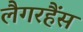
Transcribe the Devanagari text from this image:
लैगरहैंस